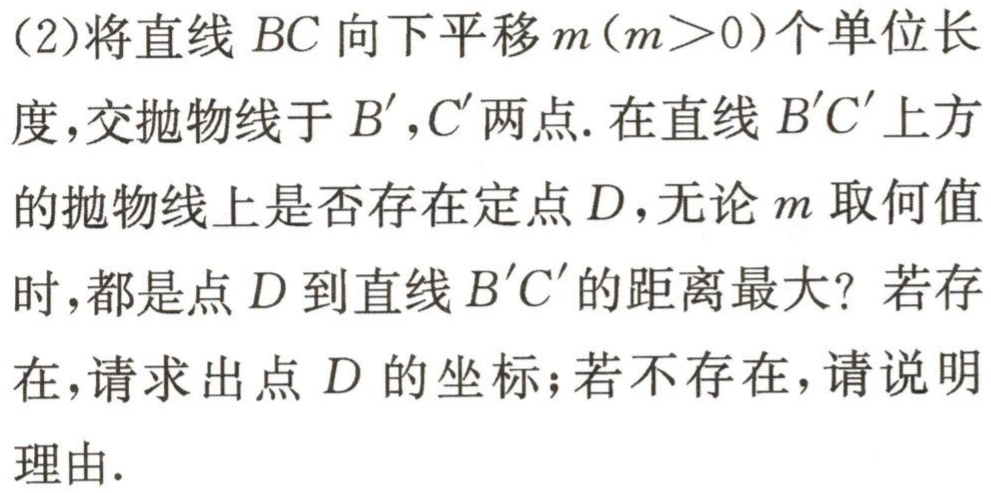
(2)将直线 \(BC\) 向下平移 \(m(m > 0)\)个单位长度,交抛物线于 \(B'\),\(C'\) 两点. 在直线 \(B'C'\) 上方的抛物线上是否存在定点 \(D\),无论 \(m\) 取何值时,都是点 \(D\) 到直线 \(B'C'\) 的距离最大? 若存在,请求出点 \(D\) 的坐标;若不存在,请说明理由.